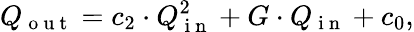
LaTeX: Q_{\mathrm{~o~u~t~}}=c_{2}\cdot Q_{\mathrm{~i~n~}}^{2}+G\cdot Q_{\mathrm{~i~n~}}+c_{0},